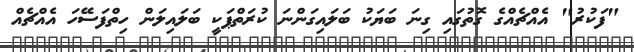
"ފަކުރު" އެއްޗެއްގެ ގޮތުގައި ގިނަ ބަޔަކު ބަލައިގަންނަ ކުރަތްޕަކީ ބަލައިލަން ހިތްފަސޭހަ އެއްޗެއް